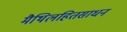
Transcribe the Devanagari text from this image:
मैथिलहितसाधन